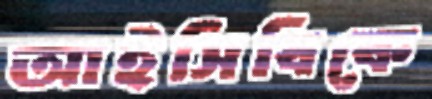
আইসিবিকে